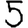
Digit: 5